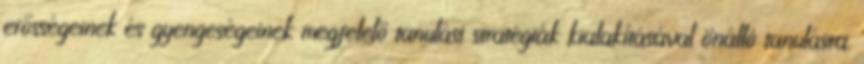
erősségeinek és gyengeségeinek megfelelő tanulási stratégiák kialakításával önálló tanulásra.